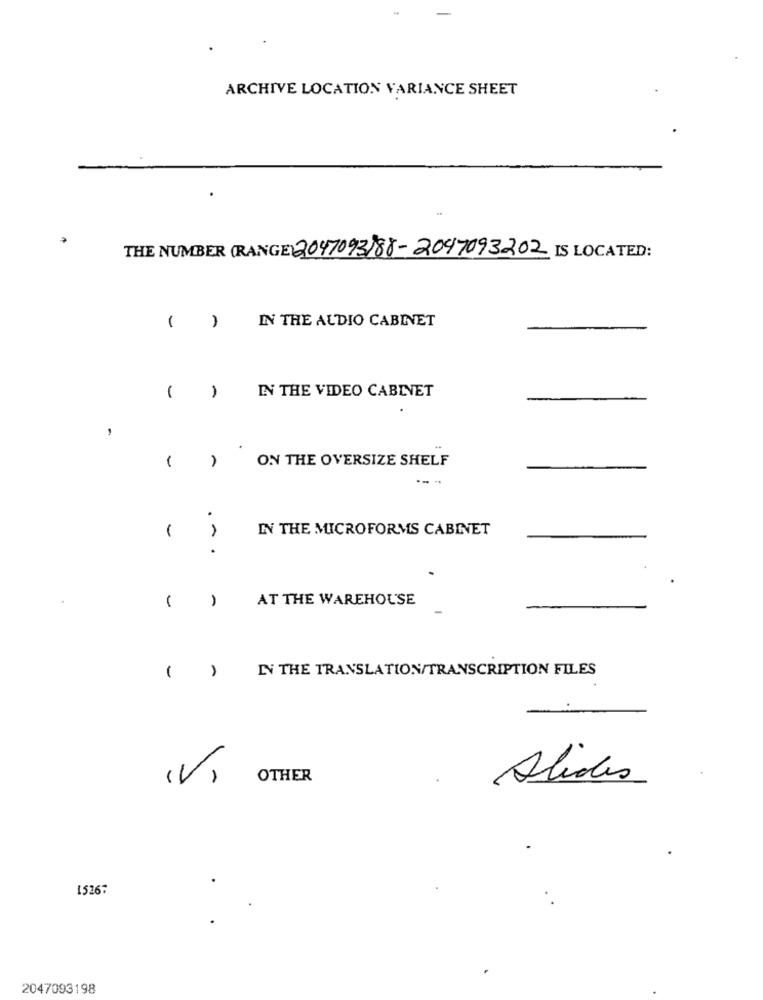
ARCHIVE LOCATION VARIANCE SHEET
THE NUMBER (RANGE) 2047093)88-2097093202 IS LOCATED:
IN THE AUDIO CABINET
( )
-
-
IN THE VIDEO CABINET
,
ON THE OVERSIZE SHELF
A
.
1
IN THE MICROFORMS CABINET
.
AT THE WAREHOUSE
IN THE TRANSLATION/TRANSCRIPTION FILES
( )
(V)
OTHER
Alides
15267
2047093198